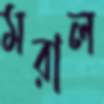
মরাল